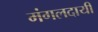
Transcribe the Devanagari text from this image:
मंगलदायी